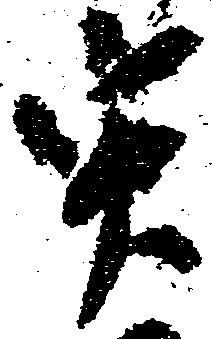
実